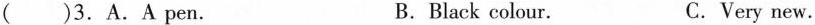
( )3.A.A pen. B.Black colour. C.Very new.